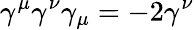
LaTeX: \gamma^{\mu}\gamma^{\nu}\gamma_{\mu}=-2\gamma^{\nu}